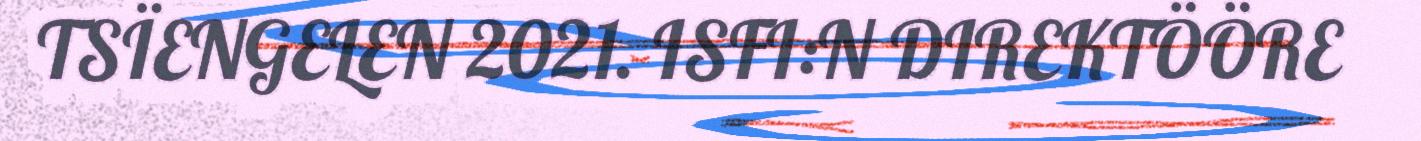
TSÏENGELEN 2021. ISFI:N DIREKTÖÖRE